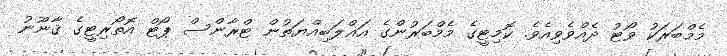
މެމްބަރަކު ވޯޓު ދެއްވެވިއެވެ. ކޮމިޓީގެ މެމްބަރުންގެ އަޣްލަބިއްޔަތުން ޓްރާންސް ޕޯޓް އޮތޯރިޓީގެ ޤާނޫނު